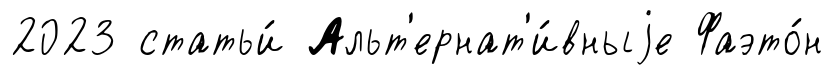
2023 статьи́ Альт'ернат'и́вныjе Фаэто́н